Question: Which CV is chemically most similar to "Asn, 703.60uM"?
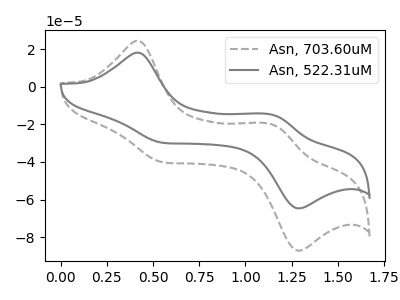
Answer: <think>The gray dashed curve "Asn, 703.60uM" has anodic peaks at (0.40V, 24.45uA) (1.15V, -20.00uA) and cathodic peaks at (0.55V, -40.35uA) (1.30V, -87.15uA). The gray curve "Asn, 522.31uM" has anodic peaks at (0.40V, 18.15uA) (1.15V, -14.85uA) and cathodic peaks at (0.55V, -29.90uA) (1.30V, -64.65uA).
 All the peaks in "Asn, 703.60uM" have a peak in "Asn, 522.31uM" at the same potential.</think>
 <answer>The CV with the most similar shape to "Asn, 522.31uM" is "Asn, 703.60uM".</answer>
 <eval>"Asn, 703.60uM"</eval>